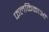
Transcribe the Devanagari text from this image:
फलकिकाओं